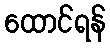
ထောင်ရန်